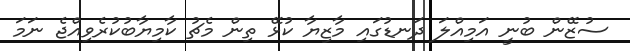
ސުޒޭން ބުނީ އަމިއްލަ ދަނޑުގައި މާޒިޔާ ކުޅޭ ތިން މެޗު ކާމިޔާބުކުރެވިއްޖެ ނަަމަ